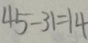
4 5 - 3 1 = 1 4